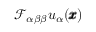
\mathcal { F } _ { \alpha \beta \beta } u _ { \alpha } ( { \pmb x } )